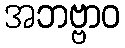
အဘဗ္ဗာဝ